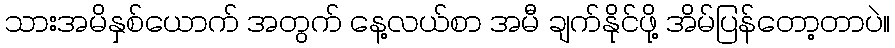
သားအမိနှစ်ယောက် အတွက် နေ့လယ်စာ အမီ ချက်နိုင်ဖို့ အိမ်ပြန်တော့တာပဲ။